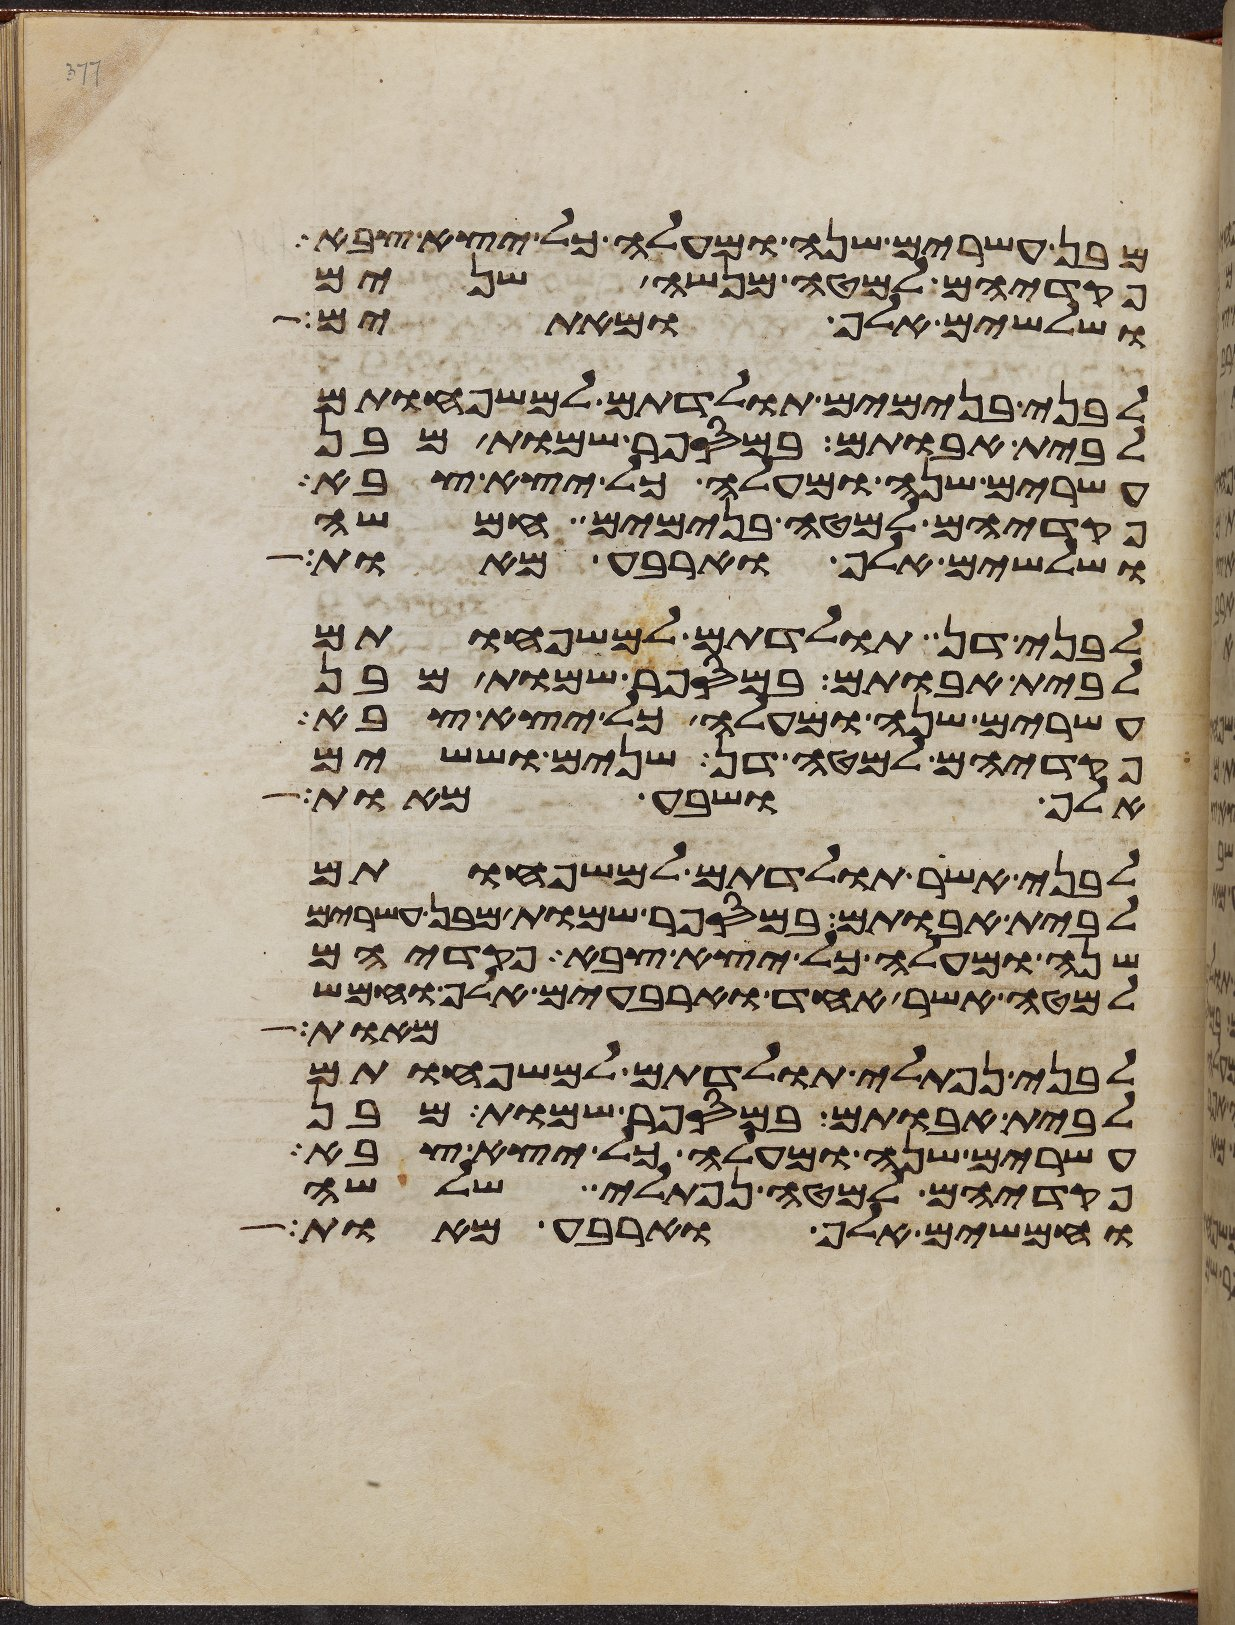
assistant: מבן עשרים שנה ומעלה כל יצא צבא
פקדיהם למטה מנשה שנים
ושלשים אלף ומאתים
לבני בנימים תולדתם למשפחותם
לבית אבותם במספר שמות מבן
עשרים שנה ומעלה כל יצא צבא
פקדיהם למטה בנימים חמשה
ושלשים אלף וארבע מאות
לבני דן תולדתם למשפחותם
לבית אבותם במספר שמות מבן
עשרים שנה ומעלה כל יצא צבא
פקדיהם למטה דן שנים וששים
אלף ושבע מאות
לבני אשר תולדתם למשפחותם
לבית אבותם במספר שמות מבן עשרים
שנה ומעלה כל יצא צבא פקדיהם
למטה אשר אחד וארבעים אלף וחמש
מאות
לבני נפתלי תולדתם למשפחותם
לבית אבותם במספר שמות מבן
עשרים שנה ומעלה כל יצא צבא
פקדיהם למטה נפתלי שלשה
וחמשים אלף וארבע מאות